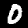
Digit: 0